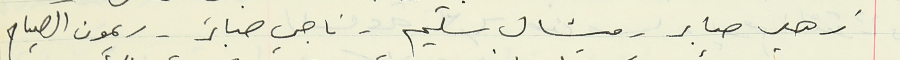
زهير صابر - ميشال سليم - ناجي صابر - ريمون الصياح